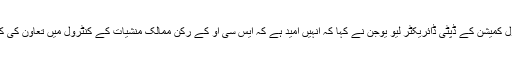
چین کے نیشنل نارکوٹک کنٹرول کمیشن کے ڈپٹی ڈائریکٹر لیو یوجن نے کہا کہ انہیں امید ہے کہ ایس سی او کے رکن ممالک منشیات کے کنٹرول میں تعاون کی کامیابیوں کو مضبوط کریں گے۔